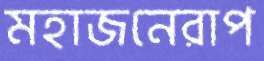
মহাজনেরাপ